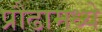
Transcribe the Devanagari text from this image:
प्रौढामध्ये